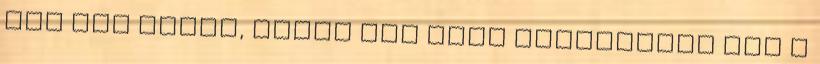
még egy slukk, aztán már csak domborítom itt a